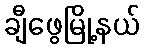
ချီဖွေမြို့နယ်